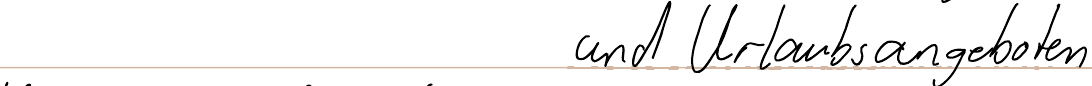
und Urlaubsangeboten